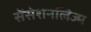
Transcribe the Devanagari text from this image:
सेंसेशनलिज्म